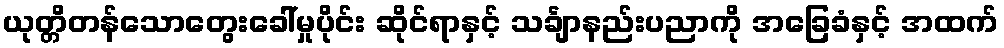
ယုတ္တိတန်သောတွေးခေါ်မှုပိုင်း ဆိုင်ရာနှင့် သင်္ချာနည်းပညာကို အခြေခံနှင့် အထက်